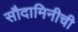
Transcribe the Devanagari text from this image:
सौदामिनीची